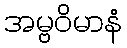
အမ္ဗဝိမာနံ